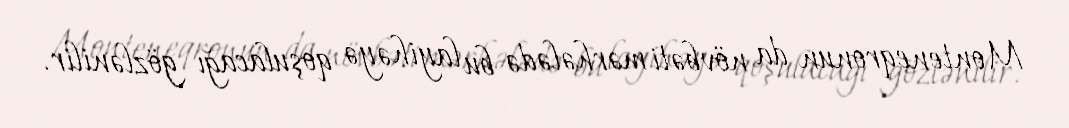
Monteneqronun da növbəti mərhələdə bu layihəyə qoşulacağı gözlənilir.